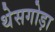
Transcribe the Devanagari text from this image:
थेसगोड़ा